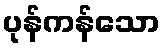
ပုန်ကန်သော